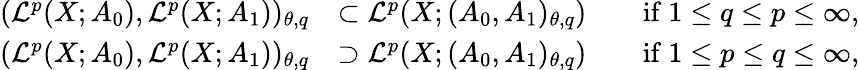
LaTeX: \begin{array}{rlrl}{(\mathcal L^{p}(X;A_{0}),\mathcal L^{p}(X;A_{1}))_{\theta,q}}&{\subset\mathcal L^{p}(X;(A_{0},A_{1})_{\theta,q})}&&{\mathrm{if~}1\leq q\leq p\leq\infty,}\\ {(\mathcal L^{p}(X;A_{0}),\mathcal L^{p}(X;A_{1}))_{\theta,q}}&{\supset\mathcal L^{p}(X;(A_{0},A_{1})_{\theta,q})}&&{\mathrm{if~}1\leq p\leq q\leq\infty,}\end{array}